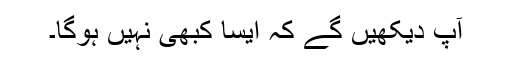
آپ دیکھیں گے کہ ایسا کبھی نہیں ہوگا۔